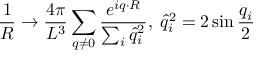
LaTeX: \frac { 1 } { R } \rightarrow \frac { 4 \pi } { L ^ { 3 } } \sum _ { q \not = 0 } \frac { e ^ { i q \cdot R } } { \sum _ { i } \hat { q } _ { i } ^ { 2 } } , \; \hat { q } _ { i } ^ { 2 } = 2 \sin \frac { q _ { i } } { 2 }